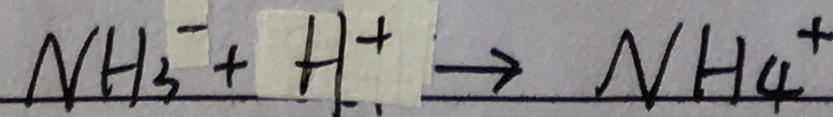
N H _ { 3 } ^ { - } + H ^ { + } \rightarrow N H 4 ^ { + }